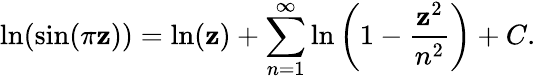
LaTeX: \ln(\sin(\pi\mathbf{z}))=\ln(\mathbf{z})+\displaystyle\sum_{n=1}^{\infty}\ln\left(1-{\frac{{\mathbf{z}^{2}}}{{n^{2}}}}\right)+C.